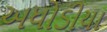
અધોડીયા